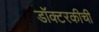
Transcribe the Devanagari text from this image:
डॉक्टरकीची